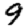
Digit: 9